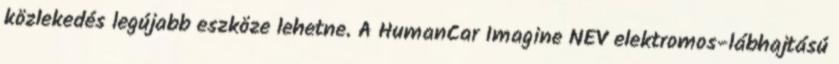
közlekedés legújabb eszköze lehetne. A HumanCar Imagine NEV elektromos-lábhajtású